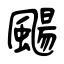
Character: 颺